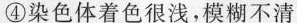
④染色体着色很浅，模糊不清